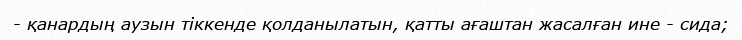
- қанардың аузын тіккенде қолданылатын, қатты ағаштан жасалған ине - сида;